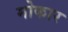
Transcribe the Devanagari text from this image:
मोकार